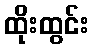
ထိုးထွင်း